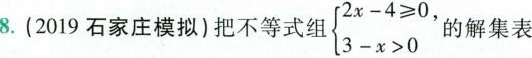
8.(2019石家庄模拟)把不等式组 \left\{ \begin{matrix} 2x-4 \geqslant 0, \\ 3-x>0 \end{matrix} \right. 的解集表